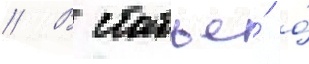
// В статье́ о́